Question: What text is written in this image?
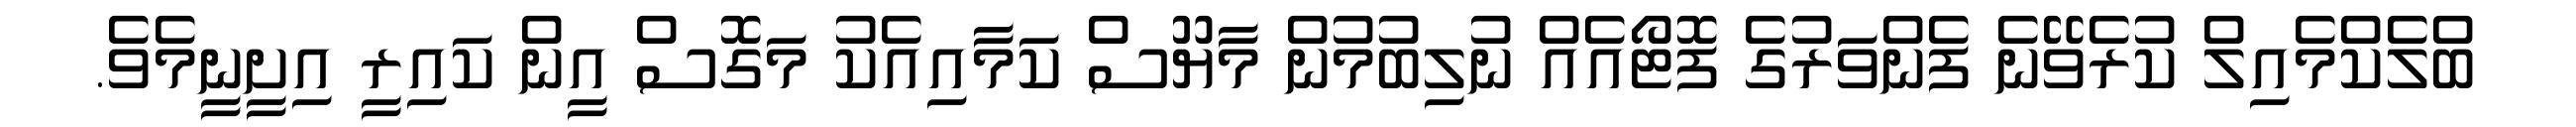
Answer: ބްލެކްމެއިލް ކުރެވޭނެ ފެންވަރުގެ ފޮޓޯއެއް ނުލިބުމުން މާޔޫސް ކަމާއިއެކު މަގޮސް އީން ކައިރީ އިށީނީމެވެ.